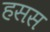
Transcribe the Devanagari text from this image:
हसस